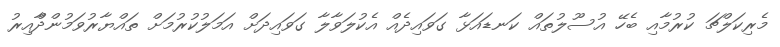
މެރިކަލްޗަ ކުރުމާއި ބެހޭ އުސޫލުތައް ކަނޑައަޅާ ގަވައިދެއް އެކުލަވާލާ ގަވައިދަށް އަމަލުކުރުމަށް ތައްޔާރުވަމުންދާްއިރު